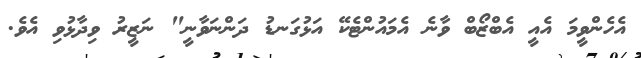
އެހެންވީމަ އެއީ އެބްޒޯބް ވާނެ އެމައުންޓެކޭ އަޅުގަނޑު ދަންނަވާނީ" ނަޒީރު ވިދާޅުވި އެވެ.